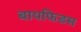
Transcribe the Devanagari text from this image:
बायफिडस